Manual of the Civil Veterinary Department, Central Provinces and Berar
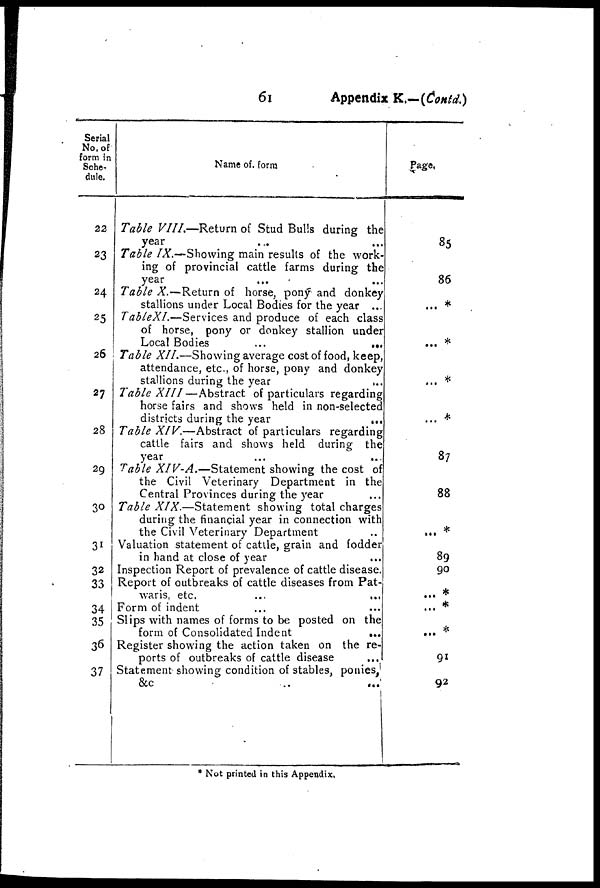
61
Appendix K.—(Contd.)
Serial
No. of
form in
Sche-
dule.
22
23
24
25
26
27
28
29
30
31
32
33
34
35
36
37
Name of form
Table VIII.—Return of Stud Bulls during the
year
Table IX.—Showing main results of the work-
ing of provincial cattle farms during the
year
Table X—Return of horse, pony ; and donkey
stallions under Local Bodies for the year ...
TableXI.—Services and produce of each class
of horse, pony or donkey stallion under
Local Bodies
...
...
Table XII.—Showing average cost of food, keep,
attendance, etc., of horse, pony and donkey
stallions during the year
...
Table XIII—Abstract
of particulars regarding
horse fairs and shows held in non-selected
districts during the year
...
Table XIV.—Abstract
of particulars regarding
cattle fairs and shows held during the
year
Table XIV-A.—Statement
showing the cost of
the Civil Veterinary Department in the
Central Provinces during the year
Table XIX.—Statement
showing total charges
during the financial year in connection with
the Civil Veterinary Department
Valuation statement of catlle, grain and fodder
in hand at close of year
Inspection Report of prevalence of cattle disease.
Report of outbreaks of cattle diseases from Pat-
waris, etc.
...
...
Form of indent
Slips with names of forms to be posted on the
form of Consolidated Indent
...
Register showing the action taken on the re-
ports of outbreaks of cattle disease
Statement showing condition of stables, ponies,
&c
..
...
Page.
85
86
... *
... *
... *
...*
87
88
... *
89
90
... *
... *
... *
91
92
* Not printed in this Appendix,